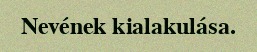
Nevének kialakulása.